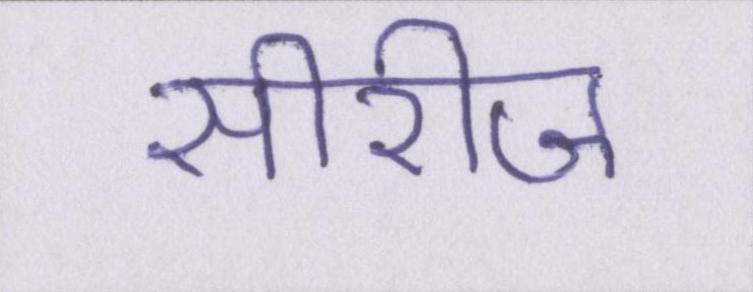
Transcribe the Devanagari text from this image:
सीरीज